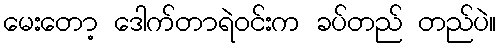
မေးတော့ ဒေါက်တာရဲဝင်းက ခပ်တည် တည်ပဲ။